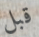
قبل